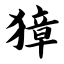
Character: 獐